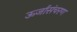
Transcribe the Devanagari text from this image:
ऊर्जासंचरण